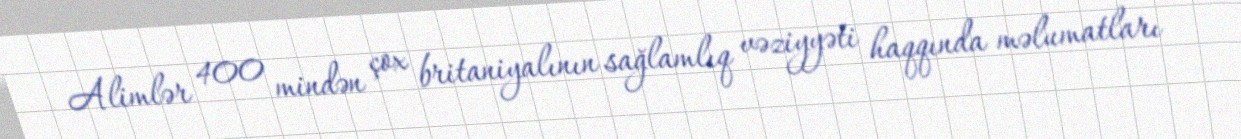
Alimlər 400 mindən çox britaniyalının sağlamlıq vəziyyəti haqqında məlumatları